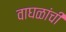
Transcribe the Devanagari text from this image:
वाघळांची